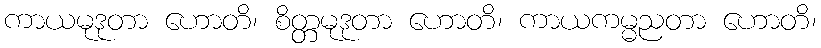
ကာယမုဒုတာ ဟောတိ၊ စိတ္တမုဒုတာ ဟောတိ၊ ကာယကမ္မညတာ ဟောတိ၊